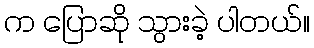
က ပြောဆို သွားခဲ့ ပါတယ်။